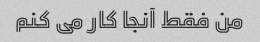
من فقط آنجا کار می کنم